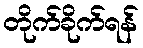
တိုက်ခိုက်ရန်